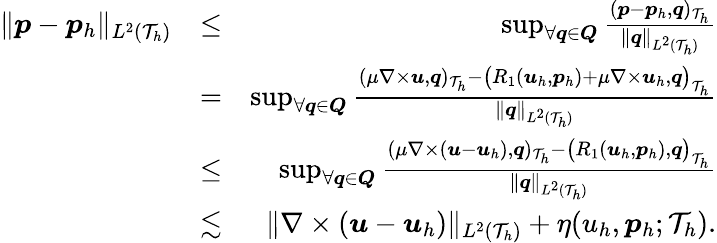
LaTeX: \begin{array}{rlr}{\| \boldsymbol{p}-\boldsymbol{p}_{h}\| _{L^{2}(\mathcal{T}_{h})}}&{\leq}&{\operatorname*{sup}_{\forall\boldsymbol{q}\in\boldsymbol{Q}}\frac{(\boldsymbol{p}-\boldsymbol{p}_{h},\boldsymbol{q})_{\mathcal{T}_{h}}}{\| \boldsymbol{q}\| _{L^{2}(\mathcal{T}_{h})}}}\\ &{=}&{\operatorname*{sup}_{\forall\boldsymbol{q}\in\boldsymbol{Q}}\frac{(\mu\nabla\times\boldsymbol{u},\boldsymbol{q})_{\mathcal{T}_{h}}-\big(R_{1}(\boldsymbol{u}_{h},\boldsymbol{p}_{h})+\mu\nabla\times\boldsymbol{u}_{h},\boldsymbol{q}\big)_{\mathcal{T}_{h}}}{\| \boldsymbol{q}\| _{L^{2}(\mathcal{T}_{h})}}}\\ &{\leq}&{\operatorname*{sup}_{\forall\boldsymbol{q}\in\boldsymbol{Q}}\frac{(\mu\nabla\times(\boldsymbol{u}-\boldsymbol{u}_{h}),\boldsymbol{q})_{\mathcal{T}_{h}}-\big(R_{1}(\boldsymbol{u}_{h},\boldsymbol{p}_{h}),\boldsymbol{q}\big)_{\mathcal{T}_{h}}}{\| \boldsymbol{q}\| _{L^{2}(\mathcal{T}_{h})}}}\\ &{\lesssim}&{\| \nabla\times(\boldsymbol{u}-\boldsymbol{u}_{h})\| _{L^{2}(\mathcal{T}_{h})}+\eta(u_{h},\boldsymbol{p}_{h};\mathcal{T}_{h}).}\end{array}